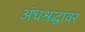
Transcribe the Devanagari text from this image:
अंधश्रद्धांवर